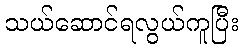
သယ်ဆောင်ရလွယ်ကူပြီး